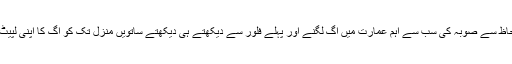
انہوں نے آج ایک بیان میں کہا کہ انتظامی لحاظ سے صوبہ کی سب سے اہم عمارت میں آگ لگنے اور پہلے فلور سے دیکھتے ہی دیکھتے ساتویں منزل تک کو آگ کا اپنی لپیٹ میں لینا حکومتی نا اہلی کا واضح ثبوت ہے۔